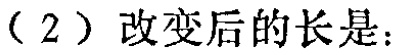
（2）改变后的长是：